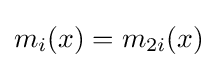
m_{i}(x)=m_{2i}(x)